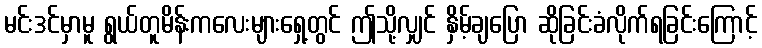
မင်းဒင်မှာမူ ရွယ်တူမိန်းကလေးများရှေ့တွင် ဤသို့လျှင် နှိမ့်ချပြော ဆိုခြင်းခံလိုက်ရခြင်းကြောင့်